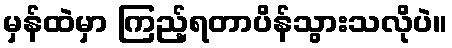
မှန်ထဲမှာ ကြည့်ရတာပိန်သွားသလိုပဲ။